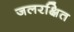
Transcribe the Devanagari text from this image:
जलरक्षित